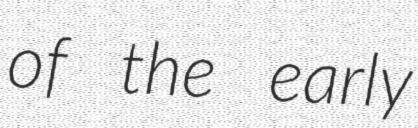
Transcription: of the early